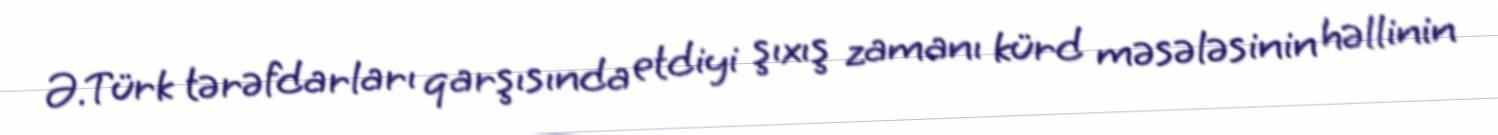
Ə.Türk tərəfdarları qarşısında etdiyi şıxış zamanı kürd məsələsinin həllinin